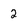
Character: 2